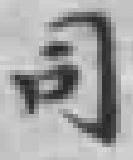
司